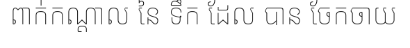
ពាក់កណ្តាល នៃ ទឹក ដែល បាន ចែកចាយ